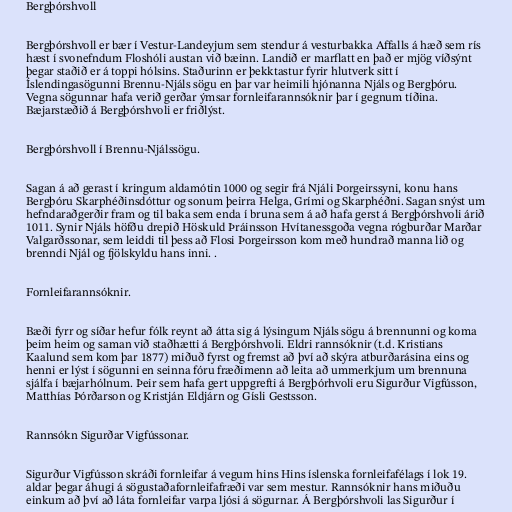
Bergþórshvoll

Bergþórshvoll er bær í Vestur-Landeyjum sem stendur á vesturbakka Affalls á hæð sem rís
hæst í svonefndum Floshóli austan við bæinn. Landið er marflatt en það er mjög víðsýnt
þegar staðið er á toppi hólsins. Staðurinn er þekktastur fyrir hlutverk sitt í
Íslendingasögunni Brennu-Njáls sögu en þar var heimili hjónanna Njáls og Bergþóru.
Vegna sögunnar hafa verið gerðar ýmsar fornleifarannsóknir þar í gegnum tíðina.
Bæjarstæðið á Bergþórshvoli er friðlýst.

Bergþórshvoll í Brennu-Njálssögu.

Sagan á að gerast í kringum aldamótin 1000 og segir frá Njáli Þorgeirssyni, konu hans
Bergþóru Skarphéðinsdóttur og sonum þeirra Helga, Grími og Skarphéðni. Sagan snýst um
hefndaraðgerðir fram og til baka sem enda í bruna sem á að hafa gerst á Bergþórshvoli árið
1011. Synir Njáls höfðu drepið Höskuld Þráinsson Hvítanessgoða vegna rógburðar Marðar
Valgarðssonar, sem leiddi til þess að Flosi Þorgeirsson kom með hundrað manna lið og
brenndi Njál og fjölskyldu hans inni. .

Fornleifarannsóknir.

Bæði fyrr og síðar hefur fólk reynt að átta sig á lýsingum Njáls sögu á brennunni og koma
þeim heim og saman við staðhætti á Bergþórshvoli. Eldri rannsóknir (t.d. Kristians
Kaalund sem kom þar 1877) miðuð fyrst og fremst að því að skýra atburðarásina eins og
henni er lýst í sögunni en seinna fóru fræðimenn að leita að ummerkjum um brennuna
sjálfa í bæjarhólnum. Þeir sem hafa gert uppgrefti á Bergþórhvoli eru Sigurður Vigfússon,
Matthías Þórðarson og Kristján Eldjárn og Gísli Gestsson.

Rannsókn Sigurðar Vigfússonar.

Sigurður Vigfússon skráði fornleifar á vegum hins Hins íslenska fornleifafélags í lok 19.
aldar þegar áhugi á sögustaðafornleifafræði var sem mestur. Rannsóknir hans miðuðu
einkum að því að láta fornleifar varpa ljósi á sögurnar. Á Bergþórshvoli las Sigurður í